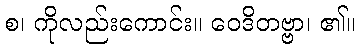
စ၊ ကိုလည်းကောင်း။ ဝေဒိတဗ္ဗာ၊ ၏။